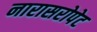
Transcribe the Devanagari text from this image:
नारासरोपेट